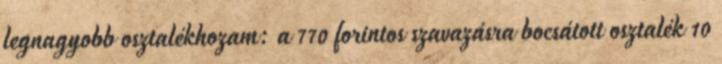
legnagyobb osztalékhozam: a 770 forintos szavazásra bocsátott osztalék 10